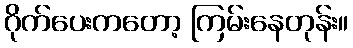
ဂိုက်ပေးကတော့ ကြမ်းနေတုန်း။